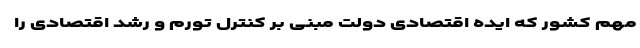
مهم کشور که ایده اقتصادی دولت مبنی بر کنترل تورم و رشد اقتصادی را